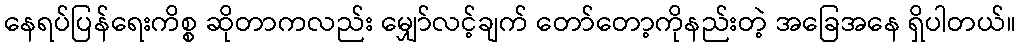
နေရပ်ပြန်ရေးကိစ္စ ဆိုတာကလည်း မျှော်လင့်ချက် တော်တော့ကိုနည်းတဲ့ အခြေအနေ ရှိပါတယ်။